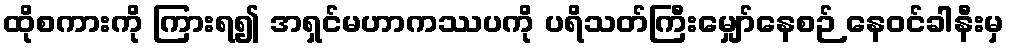
ထိုစကားကို ကြားရ၍ အရှင်မဟာကဿပကို ပရိသတ်ကြီးမျှော်နေစဉ် နေဝင်ခါနီးမှ